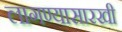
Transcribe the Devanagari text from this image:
लागण्यासारखी